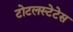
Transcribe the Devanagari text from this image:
टोटलस्टेटेस